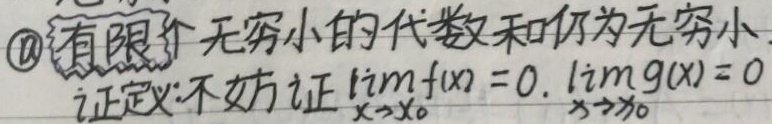
\textcircled{1}有限个无穷小的代数和仍为无穷小.
证定:不妨证$\lim\limits_{x \to x_{0}}f(x) = 0$, $\lim\limits_{x \to x_{0}}g(x)=0$